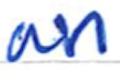
Text: an
Cross-out: clean
Writing tool: ballpoint